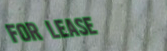
For Lease